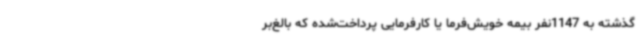
گذشته به 1147نفر بیمه خویش‌فرما یا کارفرمایی پرداخت‌شده که بالغ‌بر